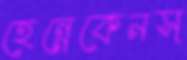
হেন্নেকেনস্